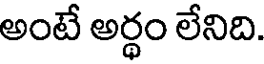
అంటే అర్థం లేనిది.